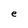
Character: e